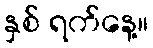
နှစ် ရက်နေ့။